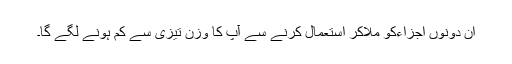
ان دونوں اجزاءکو ملاکر استعمال کرنے سے آپ کا وزن تیزی سے کم ہونے لگے گا۔